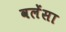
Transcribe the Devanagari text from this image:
वलेंसा